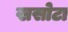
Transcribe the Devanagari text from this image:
खसोटा